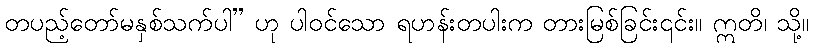
တပည့်တော်မနှစ်သက်ပါ” ဟု ပါဝင်သော ရဟန်းတပါးက တားမြစ်ခြင်း၎င်း။ ဣတိ၊ သို့။